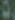
0